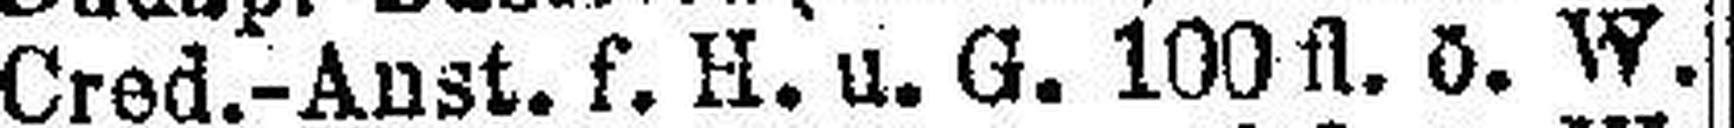
Cred.-Anst. f. H. u. G. 100 fl. ö. W.